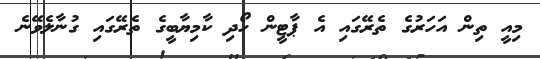
މިއީ ތިން އަހަރުގެ ތެރޭގައި އެ ޕާޓީން ހޯދި ކާމިޔާބީގެ ތެރޭގައި ގުނާލެވޭނެ